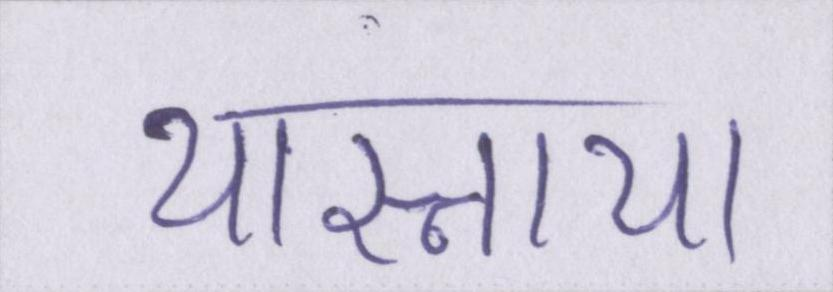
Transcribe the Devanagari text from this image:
यास्नाया